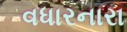
વધારનારા